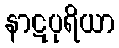
နာဋပုရိယာ